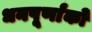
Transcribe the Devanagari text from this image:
धनपूर्णांकों